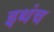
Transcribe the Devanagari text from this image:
इथंच